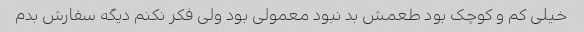
خیلی کم و کوچک بود طعمش بد نبود معمولی بود ولی فکر نکنم دیگه سفارش بدم